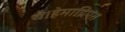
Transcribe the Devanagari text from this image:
थे।हेमाद्रिपंत